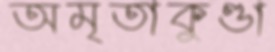
অমৃতাকুণ্ডা